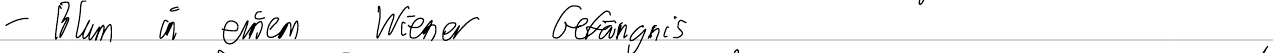
- Blum in einem Wiener Gefängnis